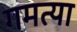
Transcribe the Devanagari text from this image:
गमत्या